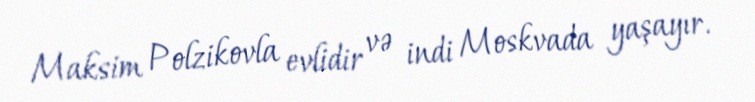
Maksim Polzikovla evlidir və indi Moskvada yaşayır.